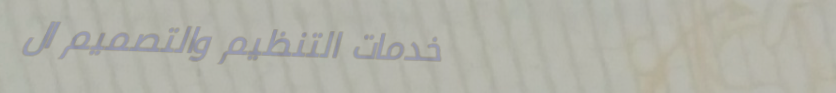
خدمات التنظيم والتصميم ال